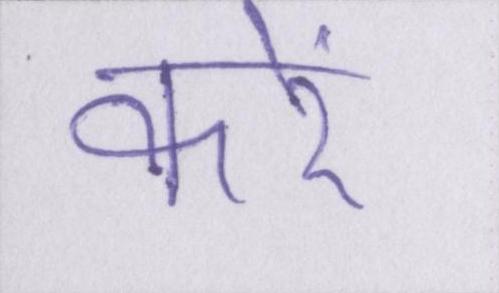
करें